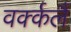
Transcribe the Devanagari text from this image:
वर्क्कलै